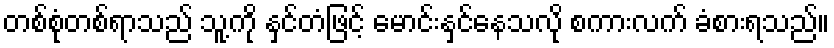
တစ်စုံတစ်ရာသည် သူ့ကို နှင်တံဖြင့် မောင်းနှင်နေသလို စကားလက် ခံစားရသည်။